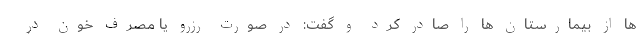
ها از بیمارستان ها را صادر کرد و گفت: در صورت رزرو یا مصرف خون در